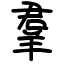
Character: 羣